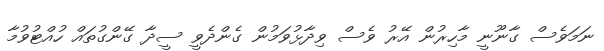
ނަމަވެސް ގާނޫނީ މާހިރުން އޭރު ވެސް ވިދާޅުވަމުން ގެންދެވީ ސީދާ ގޭންގުތައް ހުއްޓުވުމާ